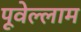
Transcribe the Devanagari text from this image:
पूवेल्लाम